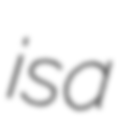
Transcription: is a